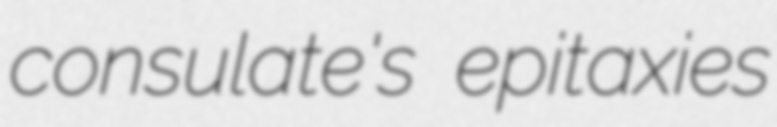
consulate's epitaxies